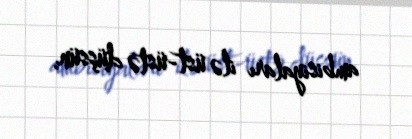
ambisiyaları ilə üst-üstə düşsün.